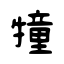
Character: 犝